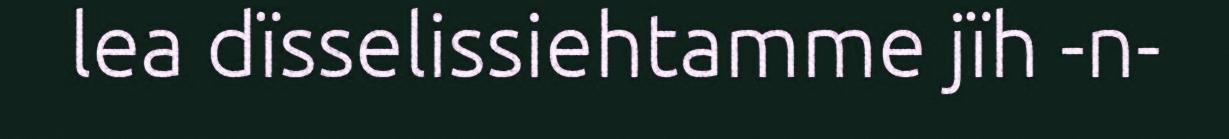
lea dïsselissiehtamme jïh -n-